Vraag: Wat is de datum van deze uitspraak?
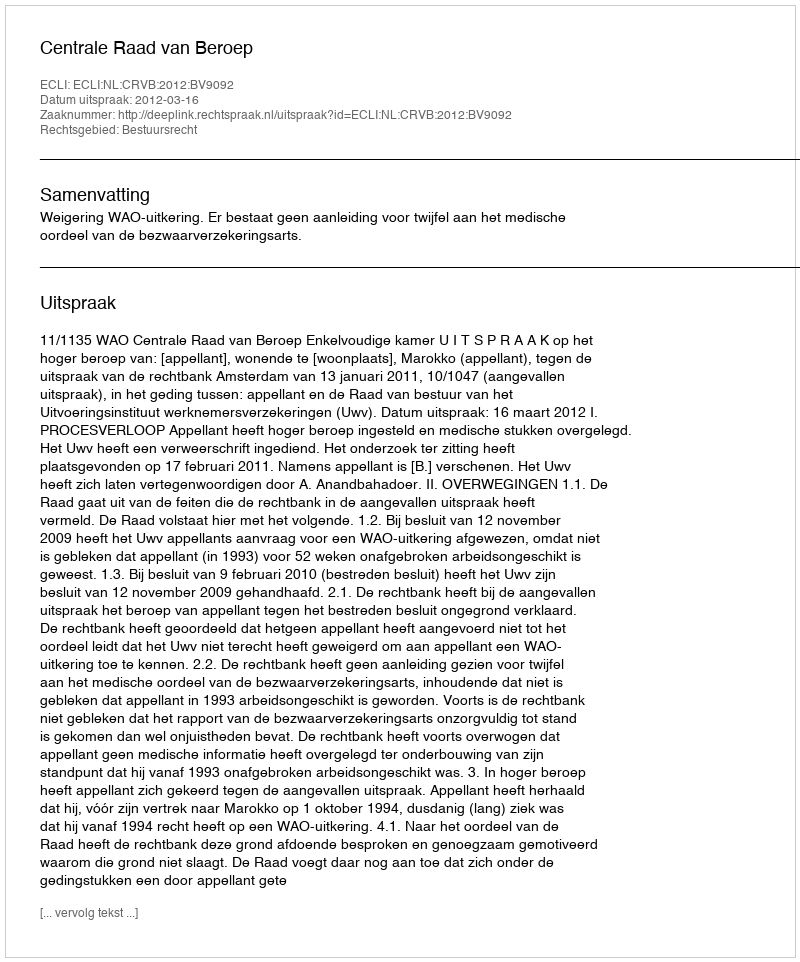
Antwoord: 2012-03-16